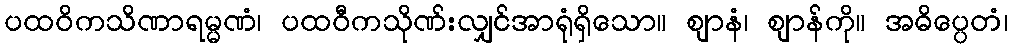
ပထဝိကသိဏာရမ္မဏံ၊ ပထဝီကသိုဏ်းလျှင်အာရုံရှိသော။ ဈာနံ၊ ဈာန်ကို။ အဓိပ္ပေတံ၊